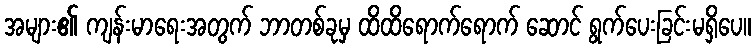
အများ၏ ကျန်းမာရေးအတွက် ဘာတစ်ခုမှ ထိထိရောက်ရောက် ဆောင် ရွက်ပေးခြင်းမရှိပေ။